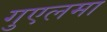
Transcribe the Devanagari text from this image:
गुएलमा